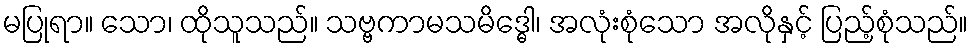
မပြုရာ။ သော၊ ထိုသူသည်။ သဗ္ဗကာမသမိဒ္ဓေါ၊ အလုံးစုံသော အလိုနှင့် ပြည့်စုံသည်။